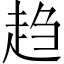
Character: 趋